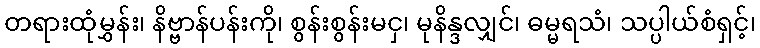
တရားထုံမွှန်း၊ နိဗ္ဗာန်ပန်းကို၊ စွန်းစွန်းမငှ၊ မုနိန္ဒလျှင်၊ ဓမ္မရသံ၊ သပ္ပါယ်စံရှင့်၊